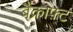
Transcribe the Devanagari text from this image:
बैंक्राफ़्ट